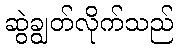
ဆွဲချွတ်လိုက်သည်